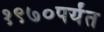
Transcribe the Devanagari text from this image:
१९७०पर्यंत